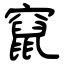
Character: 竄